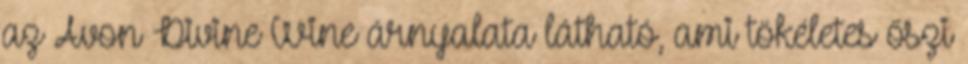
az Avon Divine Wine árnyalata látható, ami tökéletes őszi